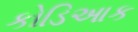
કોડિઆક